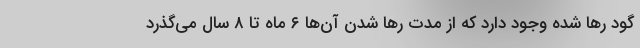
گود رها شده وجود دارد که از مدت رها شدن آن‌ها ۶ ماه تا ۸ سال می‌گذرد